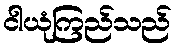
ငါယုံကြည်သည်